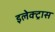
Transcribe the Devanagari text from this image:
इलेक्‍ट्रास